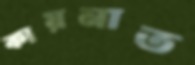
কায়নাত